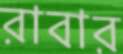
রাবার